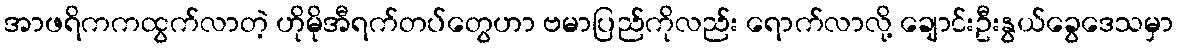
အာဖရိကကထွက်လာတဲ့ ဟိုမိုအီရက်တပ်တွေဟာ ဗမာပြည်ကိုလည်း ရောက်လာလို့ ချောင်းဦးနွယ်ခွေဒေသမှာ